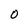
Character: 0